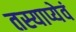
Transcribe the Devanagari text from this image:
तस्याप्येवं